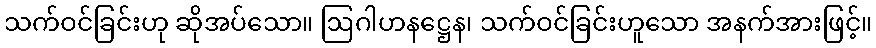
သက်ဝင်ခြင်းဟု ဆိုအပ်သော။ ဩဂါဟနဋ္ဌေန၊ သက်ဝင်ခြင်းဟူသော အနက်အားဖြင့်။